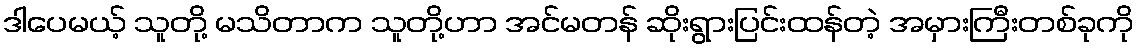
ဒါပေမယ့် သူတို့ မသိတာက သူတို့ဟာ အင်မတန် ဆိုးရွားပြင်းထန်တဲ့ အမှားကြီးတစ်ခုကို